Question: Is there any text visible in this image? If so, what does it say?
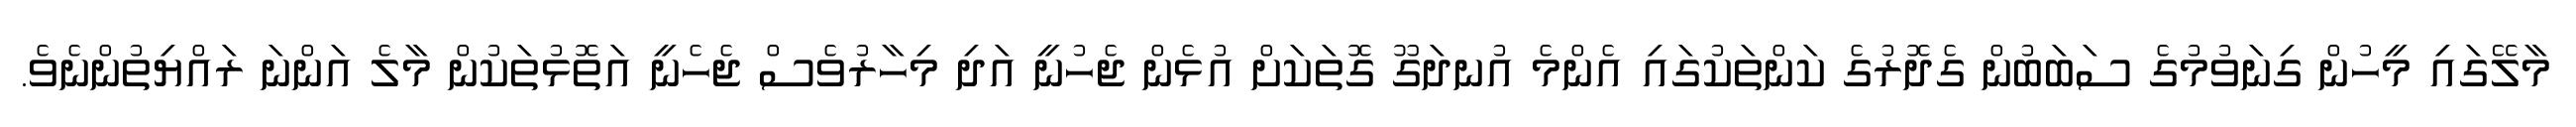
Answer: މާލޭގައި މީހުން ގިނަވުމުގެ ސަބަބުން ގެދޮރުގެ ކަންތަކުގައި އެންމެ އުނދަގޫ ގޮތަކަށް އުޅެން ޖެހުނީ އަދި މިހާރުވެސް ޖެހެނީ އަތޮޅުތަކުން މާލެ އަންނަ ރައްޔިތުންނެވެ.